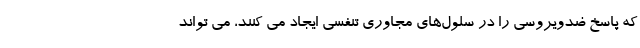
که پاسخ ضدویروسی را در سلول‌های مجاوری تنفسی ایجاد می کنند، می تواند